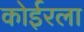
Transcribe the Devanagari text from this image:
कोईरला